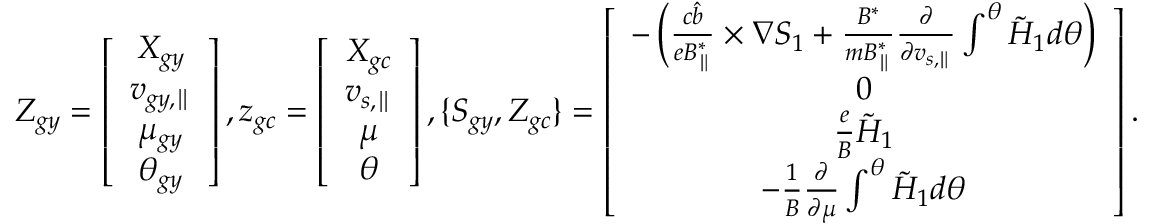
Z _ { g y } = \left[ \begin{array} { c } { X _ { g y } } \\ { v _ { g y , \parallel } } \\ { \mu _ { g y } } \\ { \theta _ { g y } } \end{array} \right] , z _ { g c } = \left[ \begin{array} { c } { X _ { g c } } \\ { v _ { s , \parallel } } \\ { \mu } \\ { \theta } \end{array} \right] , \{ S _ { g y } , Z _ { g c } \} = \left[ \begin{array} { c } { - \left( \frac { c \hat { b } } { e B _ { \parallel } ^ { * } } \times \nabla S _ { 1 } + \frac { B ^ { * } } { m B _ { \parallel } ^ { * } } \frac { \partial } { \partial v _ { s , \parallel } } \int ^ { \theta } \tilde { H } _ { 1 } d \theta \right) } \\ { 0 } \\ { \frac { e } { B } \tilde { H } _ { 1 } } \\ { - \frac { 1 } { B } \frac { \partial } { \partial \mu } \int ^ { \theta } \tilde { H } _ { 1 } d \theta } \end{array} \right] .